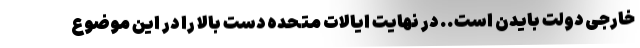
خارجی دولت بایدن است.. در نهایت ایالات متحده دست بالا را در این موضوع